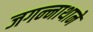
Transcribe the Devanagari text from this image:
जगन्‍नाथाने